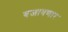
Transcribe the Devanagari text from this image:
बजावणार